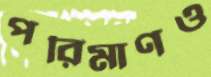
পরিমাণও